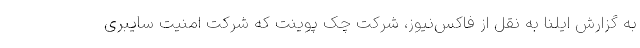
به گزارش ایلنا به نقل از فاکس‌نیوز، شرکت چک پوینت که شرکت امنیت سایبری